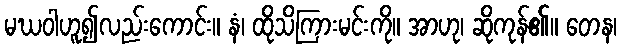
မဃဝါဟူ၍လည်းကောင်း။ နံ၊ ထိုသိကြားမင်းကို။ အာဟု၊ ဆိုကုန်၏။ တေန၊